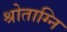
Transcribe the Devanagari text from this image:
श्रोताग्नि